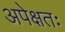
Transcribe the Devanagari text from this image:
अपेक्षतः